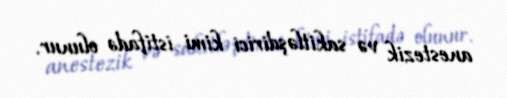
anestezik və sakitləşdirici kimi istifadə olunur.